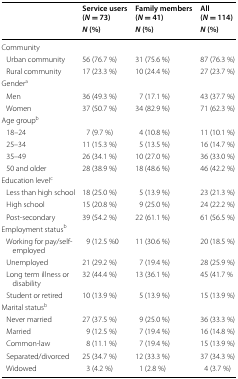
<table><thead><tr><td rowspan="2"></td><td><b>Service users(<i>N</i> = 73)</b></td><td><b>Family members(<i>N</i> = 41)</b></td><td><b>All(<i>N</i> = 114)</b></td></tr><tr><td><b><i>N</i> (%)</b></td><td><b><i>N</i> (%)</b></td><td><b><i>N</i> (%)</b></td></tr></thead><tbody><tr><td colspan="4">Community</td></tr><tr><td> Urban community</td><td>56 (76.7 %)</td><td>31 (75.6 %)</td><td>87 (76.3 %)</td></tr><tr><td> Rural community</td><td>17 (23.3 %)</td><td>10 (24.4 %)</td><td>27 (23.7 %)</td></tr><tr><td colspan="4">Gender<sup>a</sup></td></tr><tr><td> Men</td><td>36 (49.3 %)</td><td>7 (17.1 %)</td><td>43 (37.7 %)</td></tr><tr><td> Women</td><td>37 (50.7 %)</td><td>34 (82.9 %)</td><td>71 (62.3 %)</td></tr><tr><td colspan="4">Age group<sup>b</sup></td></tr><tr><td> 18–24</td><td>7 (9.7 %)</td><td>4 (10.8 %)</td><td>11 (10.1 %)</td></tr><tr><td> 25–34</td><td>11 (15.3 %)</td><td>5 (13.5 %)</td><td>16 (14.7 %)</td></tr><tr><td> 35–49</td><td>26 (34.1 %)</td><td>10 (27.0 %)</td><td>36 (33.0 %)</td></tr><tr><td> 50 and older</td><td>28 (38.9 %)</td><td>18 (48.6 %)</td><td>46 (42.2 %)</td></tr><tr><td colspan="4">Education level<sup>c</sup></td></tr><tr><td> Less than high school</td><td>18 (25.0 %)</td><td>5 (13.9 %)</td><td>23 (21.3 %)</td></tr><tr><td> High school</td><td>15 (20.8 %)</td><td>9 (25.0 %)</td><td>24 (22.2 %)</td></tr><tr><td> Post-secondary</td><td>39 (54.2 %)</td><td>22 (61.1 %)</td><td>61 (56.5 %)</td></tr><tr><td colspan="4">Employment status<sup>b</sup></td></tr><tr><td> Working for pay/self-employed</td><td>9 (12.5 %0</td><td>11 (30.6 %)</td><td>20 (18.5 %)</td></tr><tr><td> Unemployed</td><td>21 (29.2 %)</td><td>7 (19.4 %)</td><td>28 (25.9 %)</td></tr><tr><td> Long term illness or disability</td><td>32 (44.4 %)</td><td>13 (36.1 %)</td><td>45 (41.7 %</td></tr><tr><td> Student or retired</td><td>10 (13.9 %)</td><td>5 (13.9 %)</td><td>15 (13.9 %)</td></tr><tr><td colspan="4">Marital status<sup>b</sup></td></tr><tr><td> Never married</td><td>27 (37.5 %)</td><td>9 (25.0 %)</td><td>36 (33.3 %)</td></tr><tr><td> Married</td><td>9 (12.5 %)</td><td>7 (19.4 %)</td><td>16 (14.8 %)</td></tr><tr><td> Common-law</td><td>8 (11.1 %)</td><td>7 (19.4 %)</td><td>15 (13.9 %)</td></tr><tr><td> Separated/divorced</td><td>25 (34.7 %)</td><td>12 (33.3 %)</td><td>37 (34.3 %)</td></tr><tr><td> Widowed</td><td>3 (4.2 %)</td><td>1 (2.8 %)</td><td>4 (3.7 %)</td></tr></tbody></table>